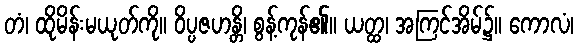
တံ၊ ထိုမိန်းမယုတ်ကို။ ဝိပ္ပဇဟန္တိ၊ စွန့်ကုန်၏။ ယတ္ထ၊ အကြင်အိမ်၌။ ကောလံ၊